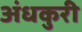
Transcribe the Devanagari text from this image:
अंधकुरी